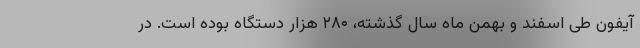
آیفون طی اسفند و بهمن ماه سال گذشته، ۲۸۰ هزار دستگاه بوده است. در